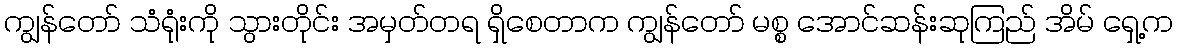
ကျွန်တော် သံရုံးကို သွားတိုင်း အမှတ်တရ ရှိစေတာက ကျွန်တော် မစ္စ အောင်ဆန်းဆုကြည် အိမ် ရှေ့က